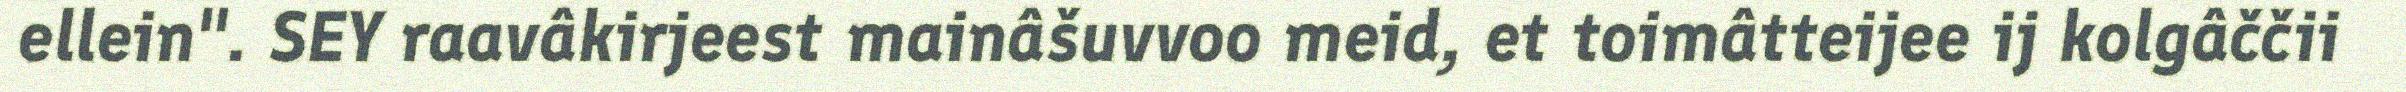
ellein". SEY raavâkirjeest mainâšuvvoo meid, et toimâtteijee ij kolgâččii